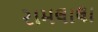
રામલાલા